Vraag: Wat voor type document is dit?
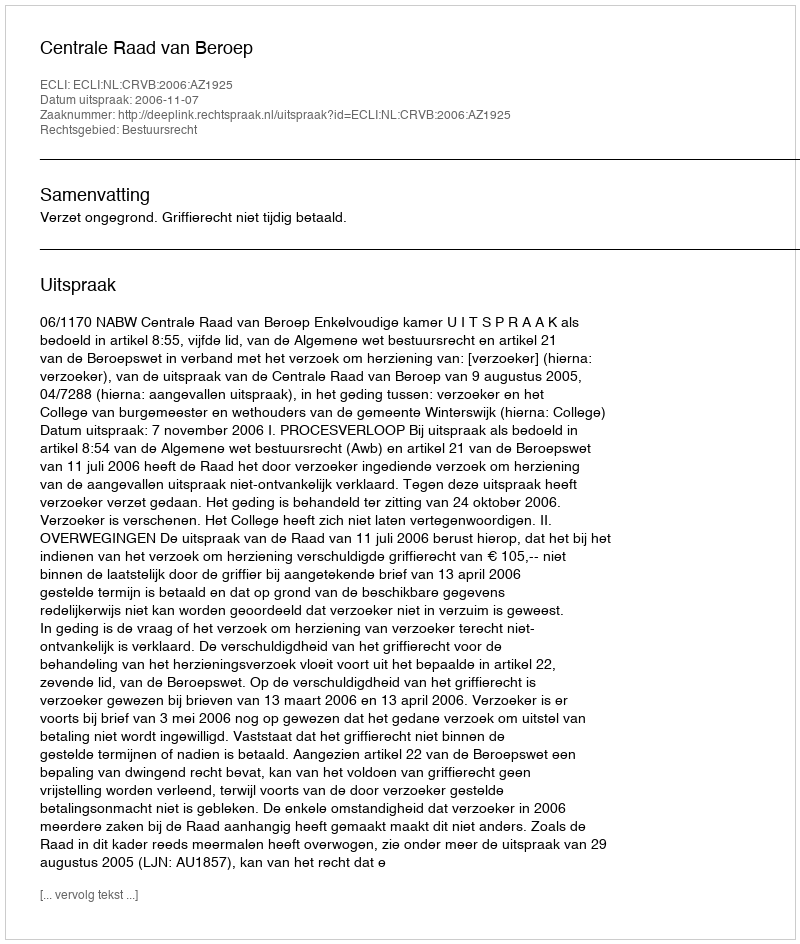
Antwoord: Uitspraak